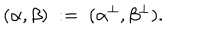
( \alpha , \beta ) \; : = \; ( \alpha ^ { \bot } , \beta ^ { \bot } ) .